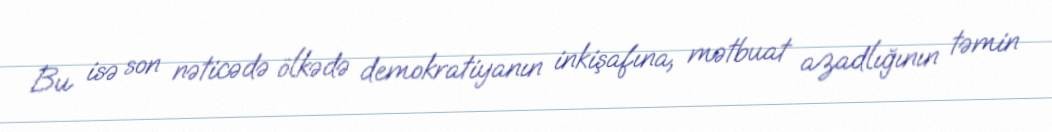
Bu isə son nəticədə ölkədə demokratiyanın inkişafına, mətbuat azadlığının təmin